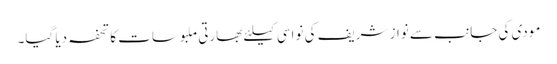
مودی کی جانب سے نواز شریف کی نواسی کیلئے بھارتی ملبوسات کا تحفہ دیا گیا۔